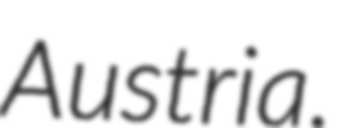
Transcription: Austria.